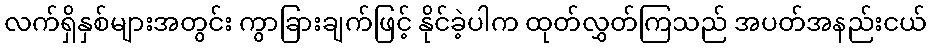
လက်ရှိနှစ်များအတွင်း ကွာခြားချက်ဖြင့် နိုင်ခဲ့ပါက ထုတ်လွှတ်ကြသည် အပတ်အနည်းငယ်